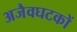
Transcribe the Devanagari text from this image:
अजैवघटकों